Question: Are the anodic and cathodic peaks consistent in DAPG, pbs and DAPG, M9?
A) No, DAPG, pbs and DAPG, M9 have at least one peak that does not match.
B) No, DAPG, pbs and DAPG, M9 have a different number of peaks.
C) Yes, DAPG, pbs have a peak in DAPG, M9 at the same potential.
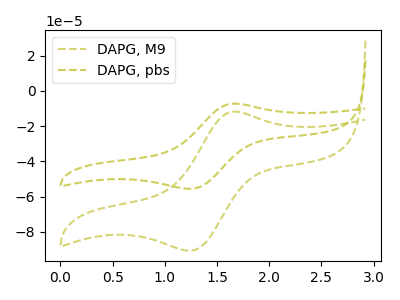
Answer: <think>The olive dashed curve "DAPG, M9" has an anodic peak at (1.65V, -11.80uA) and a cathodic peak at (1.25V, -90.70uA). The olive dashed curve "DAPG, pbs" has an anodic peak at (1.65V, -7.20uA) and a cathodic peak at (1.25V, -55.60uA).</think>
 <answer>C) Yes, "DAPG, pbs" have a peak in "DAPG, M9" at the same potential.</answer>
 <eval>C</eval>